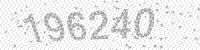
Solution: 196240